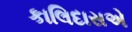
કાલિદાસએ